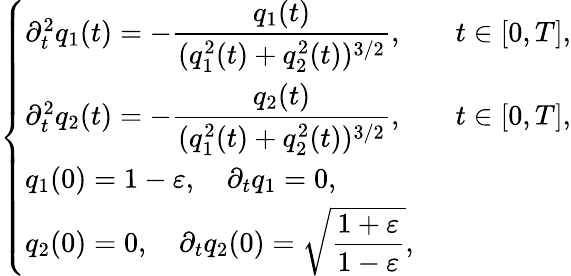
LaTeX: \left\{ \begin{array}{ll}{\partial_{t}^{2}q_{1}(t)=-\displaystyle\frac{q_{1}(t)}{(q_{1}^{2}(t)+q_{2}^{2}(t))^{3/2}},\quad}&{t\in[0,T],}\\ {\partial_{t}^{2}q_{2}(t)=-\displaystyle\frac{q_{2}(t)}{(q_{1}^{2}(t)+q_{2}^{2}(t))^{3/2}},\quad}&{t\in[0,T],}\\ {q_{1}(0)=1-\varepsilon,\quad\partial_{t}q_{1}=0,}\\ {q_{2}(0)=0,\quad\partial_{t}q_{2}(0)=\sqrt{\displaystyle\frac{1+\varepsilon}{1-\varepsilon}},}\end{array}\right.